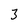
Character: 3